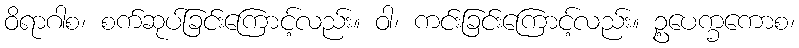
ဝိရာဂါစ၊ စက်ဆုပ်ခြင်းကြောင့်လည်း။ ဝါ၊ ကင်းခြင်းကြောင့်လည်း။ ဥ့ပေက္ခကောစ၊